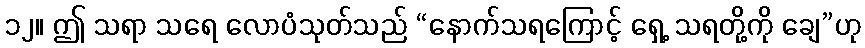
၁၂။ ဤ သရာ သရေ လောပံသုတ်သည် “နောက်သရကြောင့် ရှေ့ သရတို့ကို ချေ”ဟု